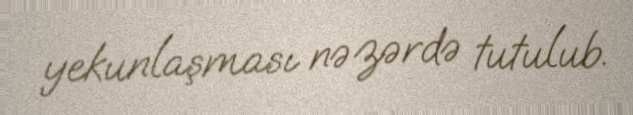
yekunlaşması nəzərdə tutulub.